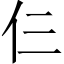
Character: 仨